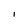
Character: I